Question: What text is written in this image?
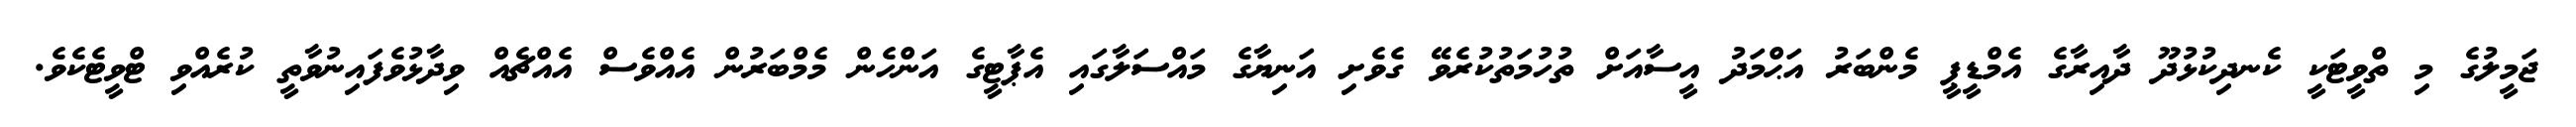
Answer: ޖަމީލުގެ މި ތްވީޓަކީ ކެނދިކުޅުދޫ ދާއިރާގެ އެމްޑީޕީ މެންބަރު އަޙްމަދު އީސާއަށް ތުހުމަތުކުރެވޭ ގެވެށި އަނިޔާގެ މައްސަލާގައި އެޕާޓީގެ އަންހެން މެމްބަރުން އެއްވެސް އެއްޗެއް ވިދާޅުވެފައިނުވާތީ ކުރެއްވި ޓްވީޓެކެވެ.